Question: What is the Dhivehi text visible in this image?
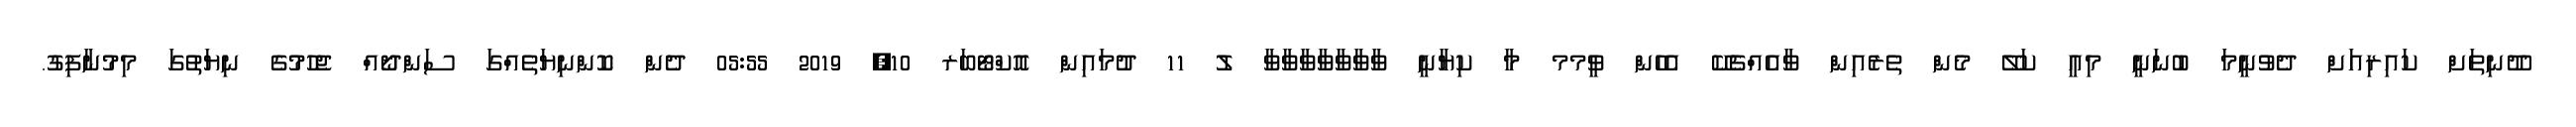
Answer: ދޫނިތަށް ކައިރިއަށް ދެވުނީމަ ބުނަނީ މިއީ ކަލޭ މެން ތެރެއިން ވާއެއްޗެކޭ އެހެން ވީމމ މާ ކިޔާނީ ވާވާވާވާވާވާވާ ލު 11 ދުމައިން އޮކްޓޯބަރ 10, 2019 05:55 ދެން ކޮންނިޔަތެއްގަ ސަންދޯއް ޖެހުމުގެ ނިޔަތުގަ މިމުނާފިގު.